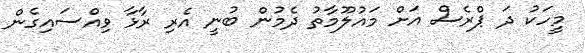
މީހަކު ދަ ޕްރެސް އަށް މައުލޫމާތު ދެމުން ބުނީ އެރި ރާޅާ ވިއްސައިގެން